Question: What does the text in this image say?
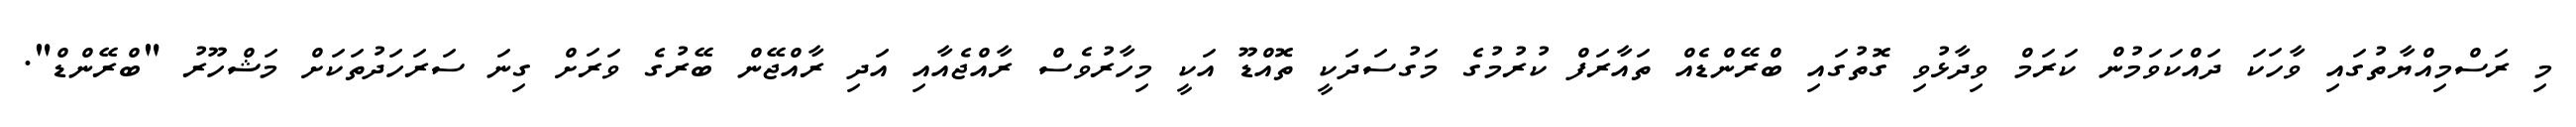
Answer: މި ރަސްމިއްޔާތުގައި ވާހަކަ ދައްކަވަމުން ކަރަމް ވިދާޅުވި ގޮތުގައި ބްރޭންޑެއް ތައާރަފް ކުރުމުގެ މަގުސަދަކީ ތޮއްޑޫ އަކީ މިހާރުވެސް ރާއްޖެއާއި އަދި ރާއްޖޭން ބޭރުގެ ވަރަށް ގިނަ ސަރަހަދުތަކަށް މަޝްހޫރު "ބްރޭންޑް".